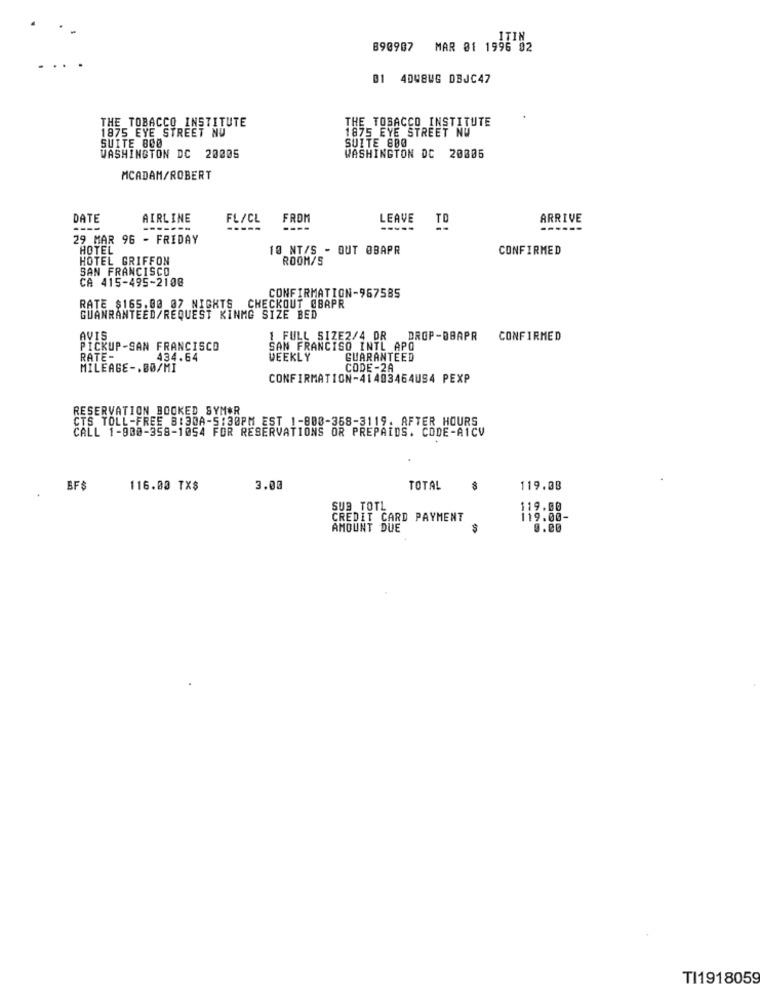
ITIN
890987 MAR 81 1996 02
B1 4DWBWG DBJC47
THE TOBACCO INSTITUTE
THE TOBACCO INSTITUTE
1875 EYE STREET NU
1875 EYE STREET NU
SUITE 800
SUITE 800
WASHINGTON DC 20806
WASHINGTON DC 20005
MCADAM/ROBERT
DATE
AIRLINE
FL/CL
FROM
LEAVE
ARRIVE
----
-------
-----
----
------
29 MAR 96 - FRIDAY
HOTEL
10 NT/S - OUT OBAPR
CONFIRMED
HOTEL GRIFFON
ROOM/S
SAN FRANCISCO
CA 415-495-2108
CONFIRMATION-957585
RATE $165.00 07 NIGHTS CHECKOUT @BAPR
GUANRANTEED/REQUEST KINMG SIZE BED
AVIS
1 FULL SIZE2/4 OR DROP-BBAPR
CONFIRMED
PICKUP-SAN FRANCISCO
SAN FRANCISO INTL APO
RATE-
434.64
WEEKLY
GUARANTEED
MILEAGE -. BØ/MI
CODE-2A
CONFIRMATION-41403464US4 PEXP
RESERVATION BOOKED SYMOR
CTS TOLL-FREE B:30A-5:30PM EST 1-808-368-3119. AFTER HOURS
CALL 1-900-358-1054 FOR RESERVATIONS OR PREPAIDS. CODE-A1CV
BFS
116.00 TX$
3.00
TOTAL
119.08
SUB TOTL
119.00
CREDIT CARD PAYMENT
119.00-
AMOUNT DUE
0.00
TI1918059